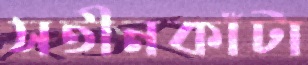
সতীনকাঁটা